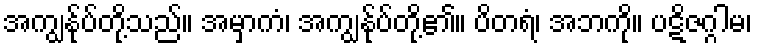
အကျွန်ုပ်တို့သည်။ အမှာကံ၊ အကျွန်ုပ်တို့၏။ ပိတရံ၊ အဘကို။ ပဋိဇဂ္ဂါမ၊